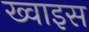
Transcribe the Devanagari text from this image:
ख्वाइस